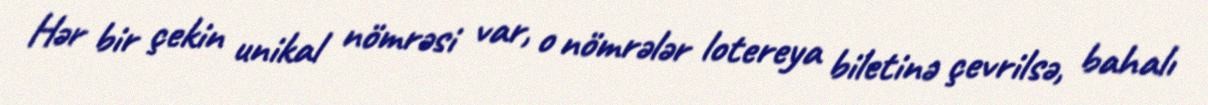
Hər bir çekin unikal nömrəsi var, o nömrələr lotereya biletinə çevrilsə, bahalı